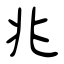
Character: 兆